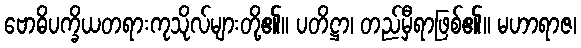
ဗောဓိပက္ခိယတရားကုသိုလ်များတို့၏။ ပတိဋ္ဌာ၊ တည်မှီရာဖြစ်၏။ မဟာရာဇ၊